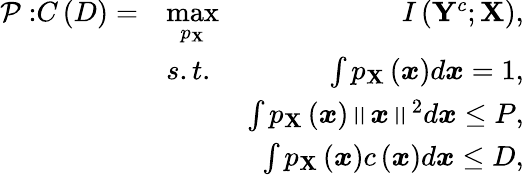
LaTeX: \begin{array}{rlr}{\mathcal{P:}C\left(D\right)=}&{\underset{p_{\mathbf{X}}}{\operatorname*{max}}}&{I\left(\mathbf{Y}^{c};\mathbf{X}\right),}\\ &{s.t.}&{\int p_{\mathbf{X}}\left(\boldsymbol{x}\right)d\boldsymbol{x}=1,}\\ &{}&{\int p_{\mathbf{X}}\left(\boldsymbol{x}\right)\left\Vert\boldsymbol{x}\right\Vert^{2}d\boldsymbol{x}\leq P,}\\ &{}&{\int p_{\mathbf{X}}\left(\boldsymbol{x}\right)c\left(\boldsymbol{x}\right)d\boldsymbol{x}\leq D,}\end{array}